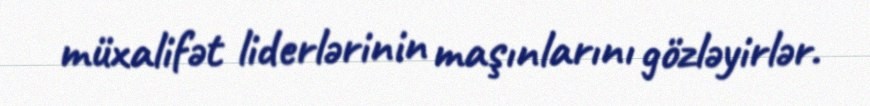
müxalifət liderlərinin maşınlarını gözləyirlər.